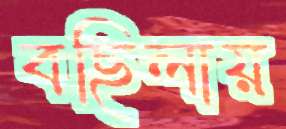
বছিলায়